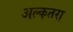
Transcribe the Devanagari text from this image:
अल्कतरा